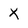
Character: x